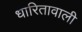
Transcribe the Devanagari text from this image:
धारितावाली